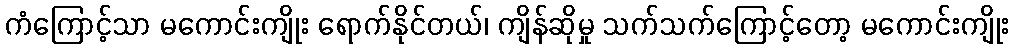
ကံကြောင့်သာ မကောင်းကျိုး ရောက်နိုင်တယ်၊ ကျိန်ဆိုမှု သက်သက်ကြောင့်တော့ မကောင်းကျိုး